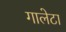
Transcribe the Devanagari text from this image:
गालेटा